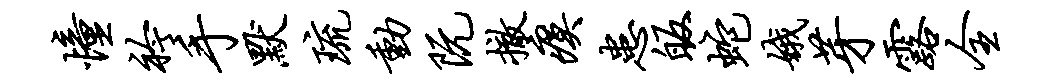
憧衿手默琉动阮撤瘼患皈蛇娥芽露全